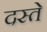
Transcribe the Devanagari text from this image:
दस्‍ते